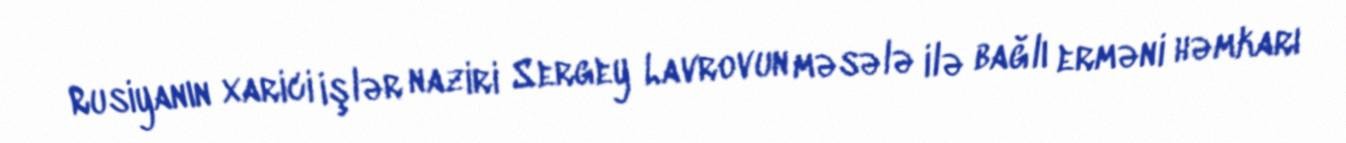
Rusiyanın xarici işlər naziri Sergey Lavrovun məsələ ilə bağlı erməni həmkarı